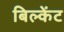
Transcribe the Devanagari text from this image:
बिल्केंट